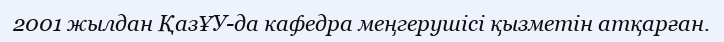
2001 жылдан ҚазҰУ-да кафедра меңгерушісі қызметін атқарған.